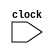
module csr(
    input clock
);

endmodule